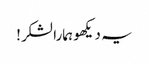
یہ دیکھو ہمارا لشکر!